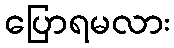
ပြောရမလား